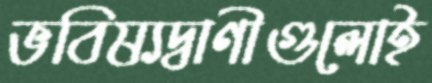
ভবিষ্যদ্বাণীগুলোই